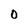
Character: O